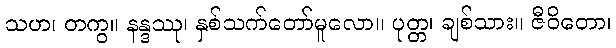
သဟ၊ တကွ။ နန္ဒဿု၊ နှစ်သက်တော်မူလော။ ပုတ္တ၊ ချစ်သား။ ဇီဝိတော၊